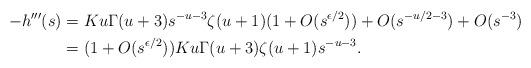
LaTeX: \begin{align*} -h'''(s) & = Ku\Gamma(u+3) s^{-u-3} \zeta(u+1)(1+O(s^{\epsilon/2})) + O(s^{-u/2-3}) + O(s^{-3})\\& = (1+O(s^{\epsilon/2}))Ku\Gamma(u+3)\zeta(u+1) s^{-u-3}.\end{align*}